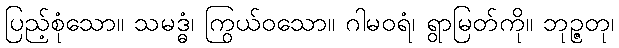
ပြည့်စုံသော။ သမဒ္ဓံ၊ ကြွယ်ဝသော။ ဂါမဝရံ၊ ရွာမြတ်ကို။ ဘုဉ္ဇတု၊